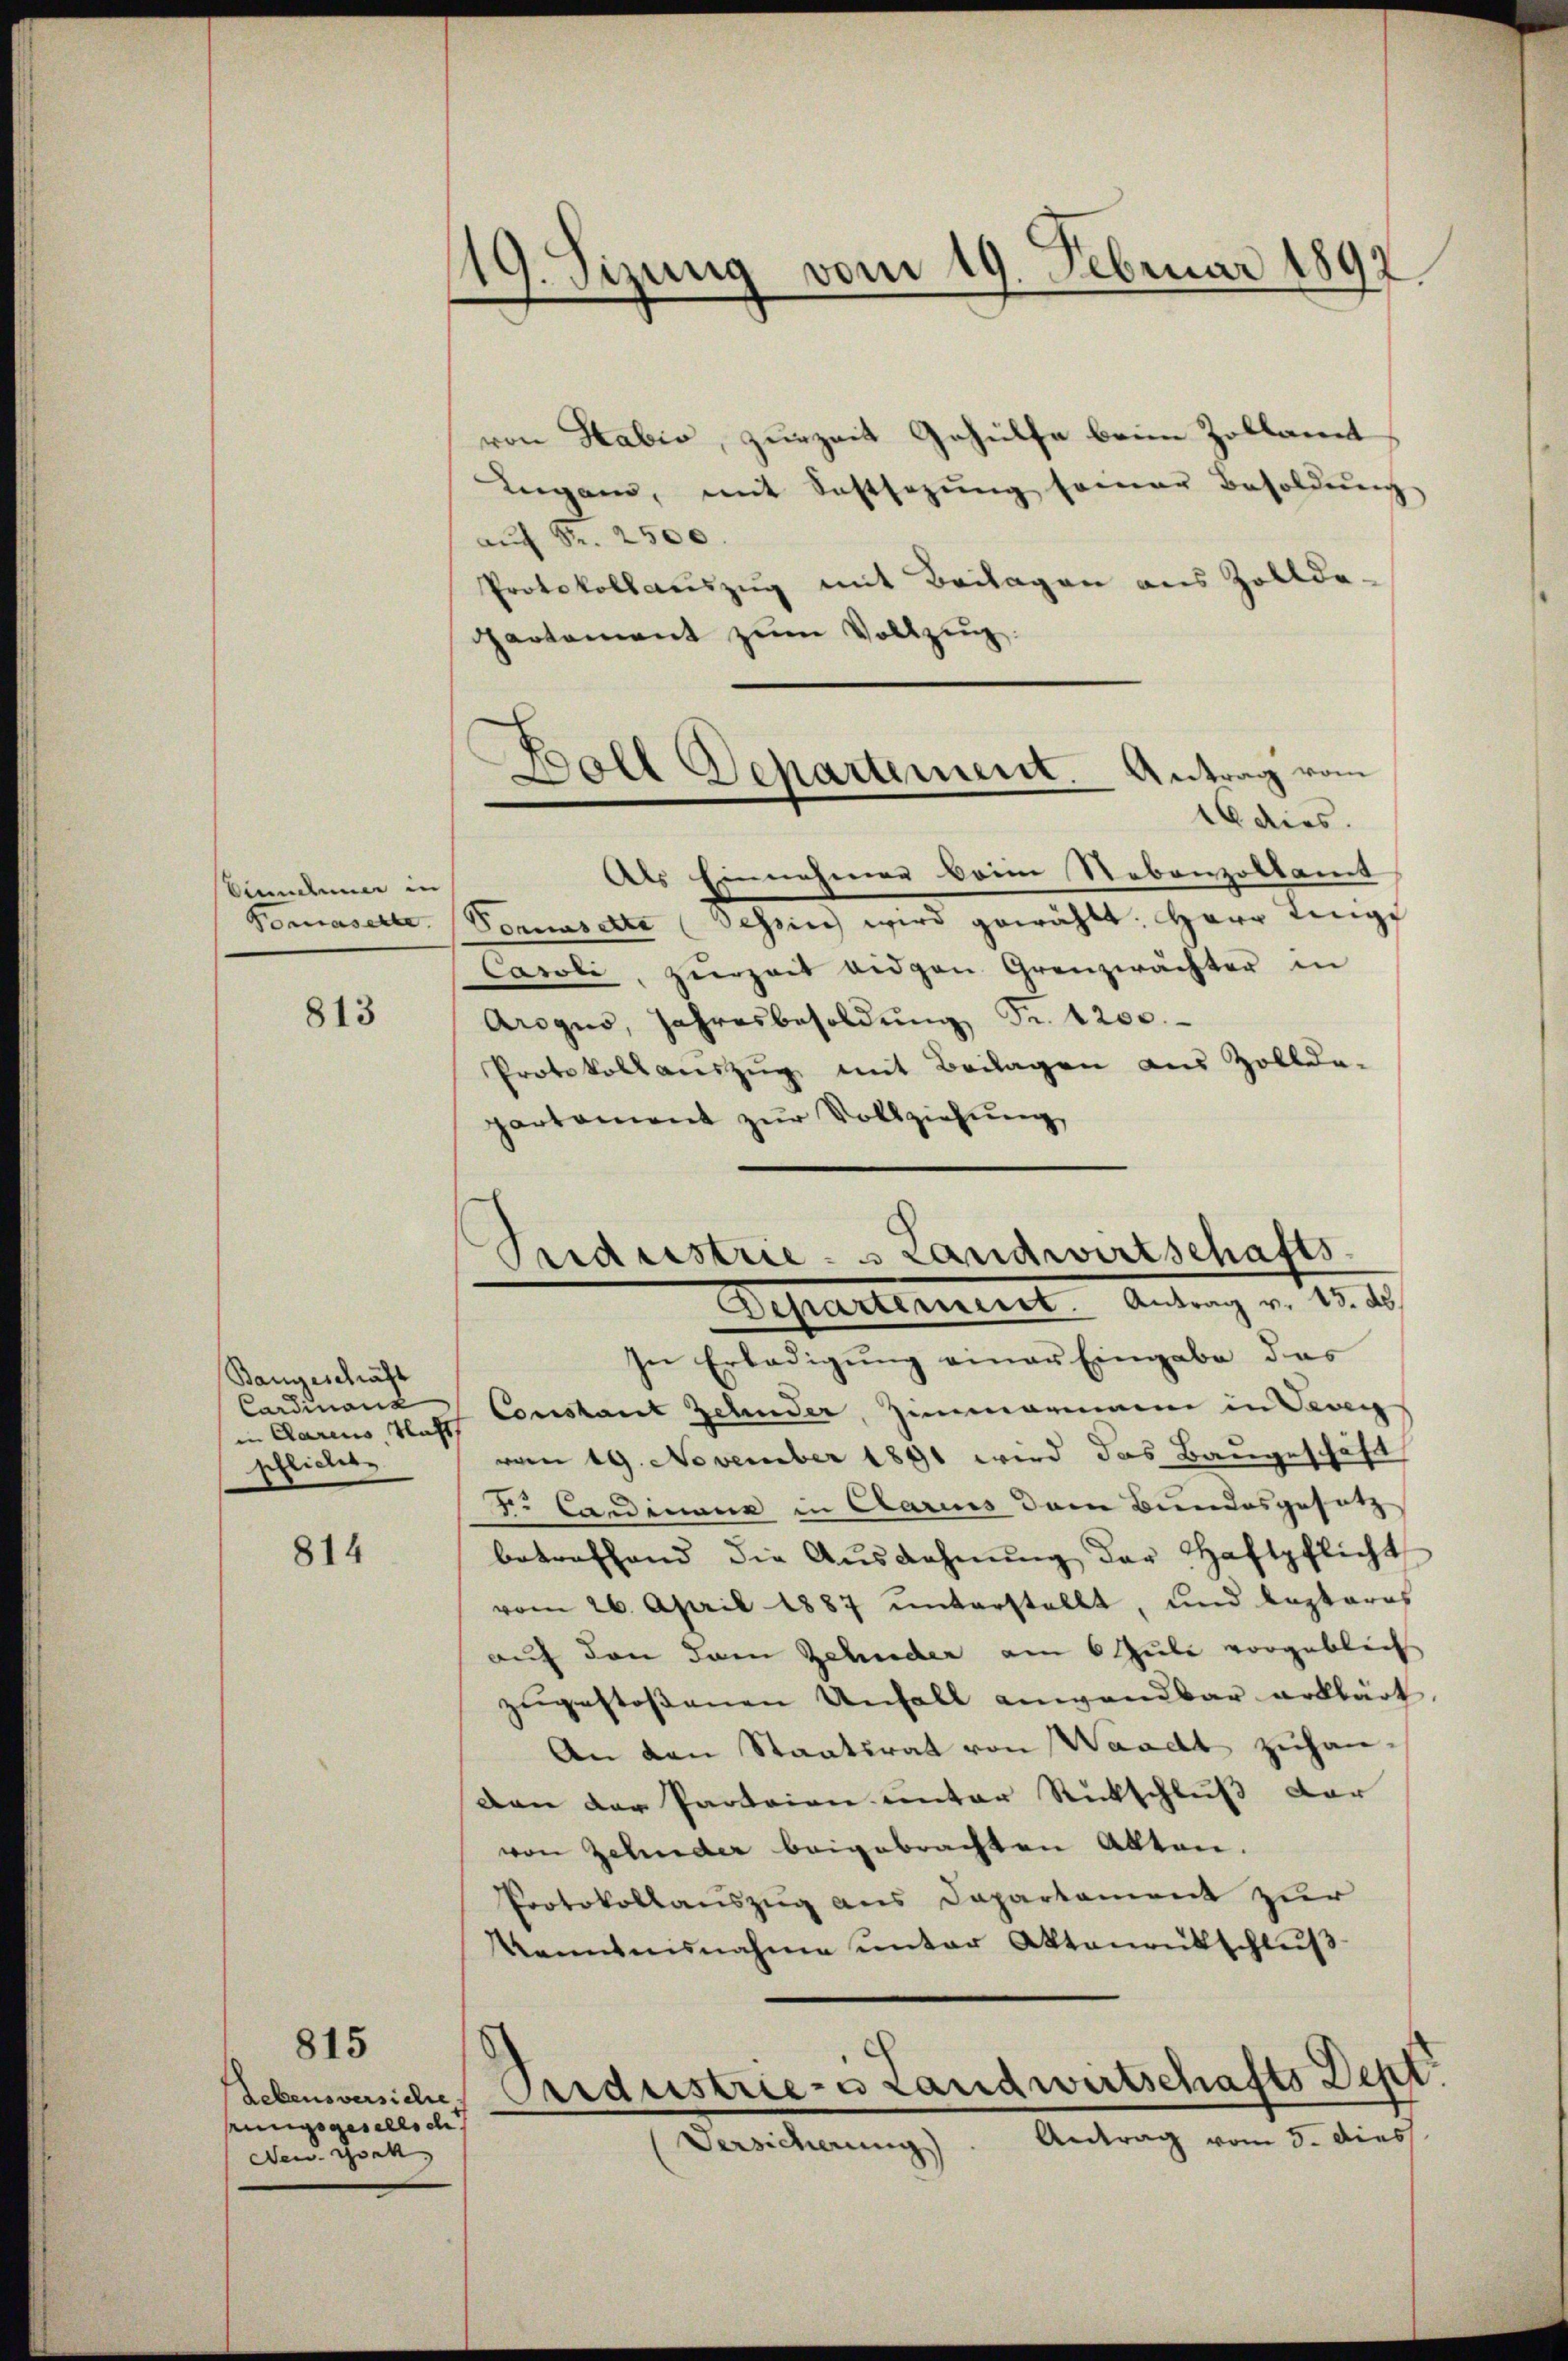
Dinnder in
Pomasette.

813

Bangeschäft
Cardinanz
in Carius Flacht
schlichet

814

Lebensversiche
sungsgesellsch
New York

815

19. Sizung vom 19. Februar 1891

rvon Habio, zurzeit Gehülfe beim Zollant
Leegen, mit Sostsezŭng seiner Besoldŭng,
auf Fr. 2500
Protokollauszug mit Beilagen aus Zollde-
partement zum Vollzung.
Als Einnahmen vom Nebenzollamt
Pomasette (Tessin wird gewählt. Herr Ling
Caroli, zŭrzeit eidgen Grenzwächter in
Arogno, Jahresbesoldung Fr. 1200.
Protokollauszug mit Beilagen aus Zollde-
partement zur Vollziehung
Pudustrie- & Landwirtschafts-

Boll Departement. Antrag vom
16 dies

Separtement. Antrag v. 13. ds.

In Erledigŭng einer Eingabe das
Constant Zehnder, Zimmenen in Verei
vom 19. November 1891 wird das Baugeschäft
Die Candinair in Aarius dem Bundesgesetz
betreffend die Aŭsgahnŭng der Haftpflicht
vom 26. April 1887 unterstellt, und lezteres
auf den dem Zehnder am 6 Juli vorgeblich
zugestossenen Unfall anwendbar erklärt.
An den Staatsrat von Waadt zuhan-
den der Parteien unter Rückschluß dar
von Zehnder beigebrachten Alten.
Protokollauszug aus Departement zur
Kanntensnahme ŭnter Aktenentschlŭβ
Industrie-es Landwirtschafts Dept.
Versicherung). Antrag vom 5. dies